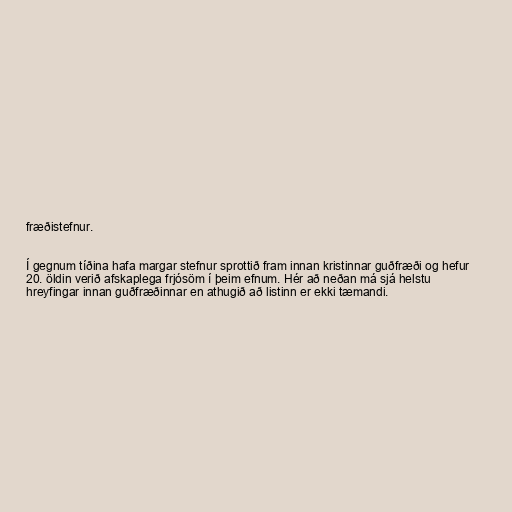
fræðistefnur.

Í gegnum tíðina hafa margar stefnur sprottið fram innan kristinnar guðfræði og hefur
20. öldin verið afskaplega frjósöm í þeim efnum. Hér að neðan má sjá helstu
hreyfingar innan guðfræðinnar en athugið að listinn er ekki tæmandi.